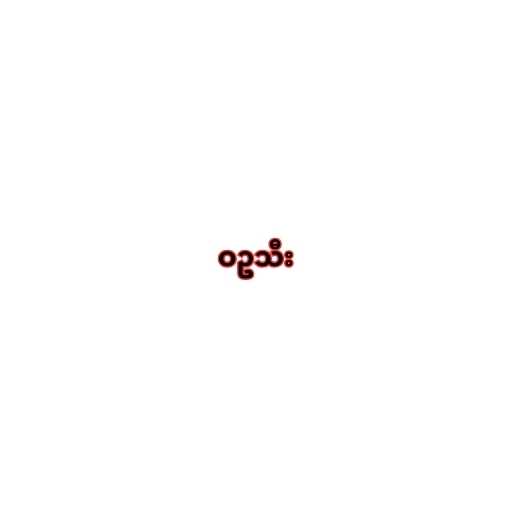
ဝဥသီး